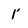
Character: 1